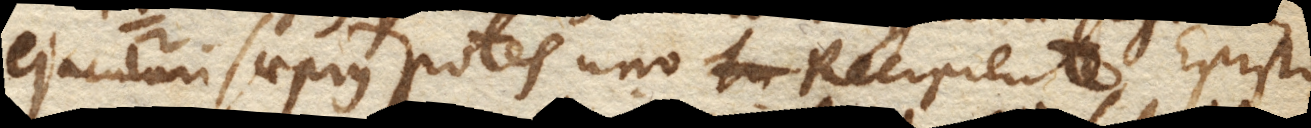
ejaculari saepius potes uno Recipiente Episto–